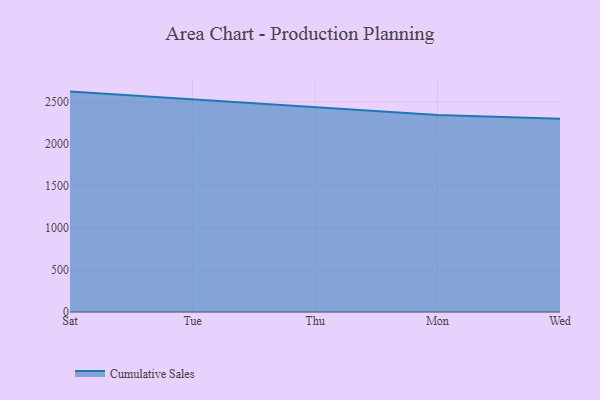
{"axis": {"x": "Day", "y": "Conversion Rate (%)"}, "legend": ["Cumulative Sales"], "data": [{"x": "Sat", "y": 2624.3, "type": "Cumulative Sales"}, {"x": "Tue", "y": 2531.9, "type": "Cumulative Sales"}, {"x": "Thu", "y": 2442.2, "type": "Cumulative Sales"}, {"x": "Mon", "y": 2344.3, "type": "Cumulative Sales"}, {"x": "Wed", "y": 2301.4, "type": "Cumulative Sales"}]}